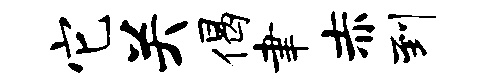
它关偈聿赤到